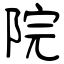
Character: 院